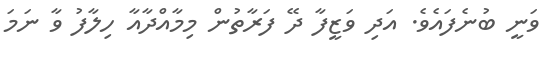
ވަނީ ބުނެފައެވެ. އަދި ވަޒީފާ ދޭ ފަރާތުން މިމާއްދާއާ ހިލާފު ވާ ނަމަ